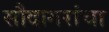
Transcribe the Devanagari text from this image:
सौदागरांचा